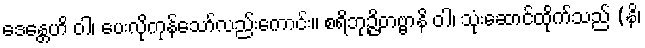
ဒေန္တေဟိ ဝါ၊ ပေးလိုကုန်သော်လည်းကောင်း။ စရိဘုဉ္ဇိတဗ္ဗာနိ ဝါ၊ သုံးဆောင်ထိုက်သည် (နိ၊